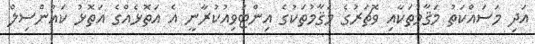
އަދި މަސައްކަތު މަޤާމުތަކާއި ވޮޗަރުގެ މަޤާމުތަކުގެ އިންޓަވިއުކުރާނީ އެ އަތޮޅެއްގެ އަތޮޅު ކައުންސިލް